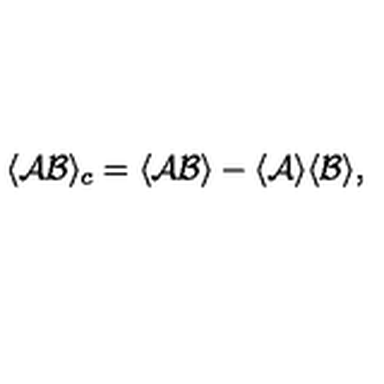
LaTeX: \langle { \cal A } { \cal B } \rangle _ { c } = \langle { \cal A } { \cal B } \rangle - \langle { \cal A } \rangle \langle { \cal B } \rangle ,